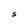
Character: S